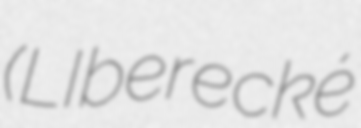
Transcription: (LIberecké